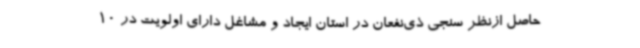
حاصل ازنظر سنجی ذی‌نفعان در استان ایجاد و مشاغل دارای اولویت در 10